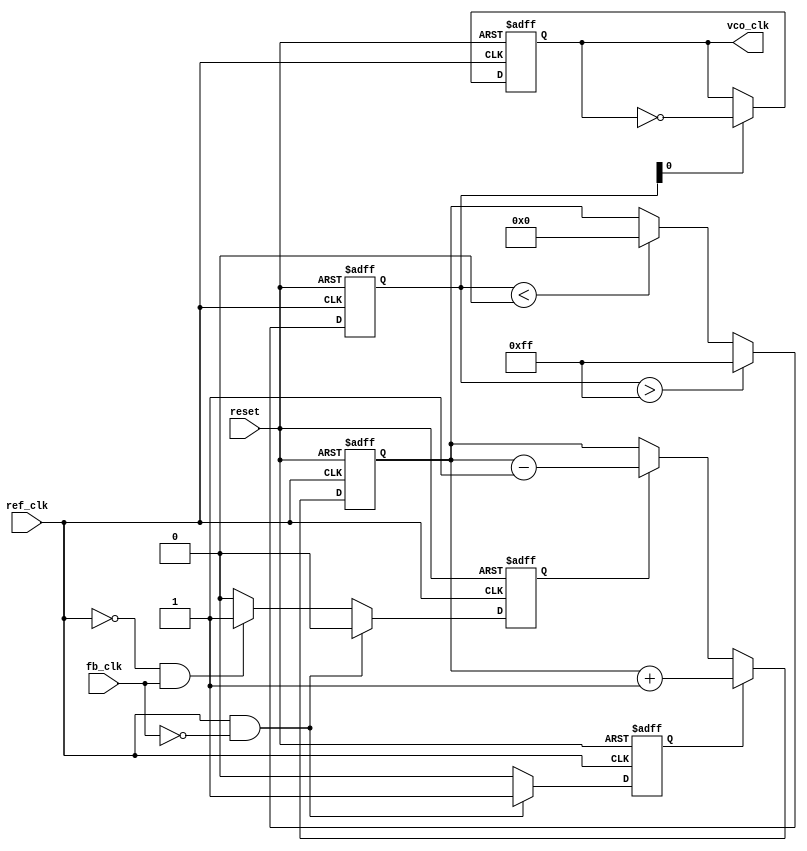
module cp_pll (
    input wire ref_clk,     // Reference clock input
    input wire fb_clk,      // Feedback clock input from VCO
    input wire reset,       // Asynchronous reset
    output reg vco_clk      // Output clock from VCO
);

// Parameters
parameter UP_CURRENT = 1'b1;  // Charge pump UP current
parameter DOWN_CURRENT = 1'b1; // Charge pump DOWN current
parameter VCO_MAX = 8'b11111111; // Max VCO output frequency value
parameter VCO_MIN = 8'b00000000; // Min VCO output frequency value

// Internal Signals
reg up, down;                 // PFD outputs
reg [7:0] control_voltage;    // Control voltage for VCO
reg [7:0] vco_frequency;      // VCO frequency control
reg [7:0] feedback;           // Feedback frequency from VCO

// Phase Frequency Detector (PFD)
always @(posedge ref_clk or posedge reset) begin
    if (reset) begin
        up <= 1'b0;
        down <= 1'b0;
    end else begin
        if (ref_clk && !fb_clk) begin
            up <= 1'b1; // Reference clock leads
            down <= 1'b0;
        end else if (!ref_clk && fb_clk) begin
            down <= 1'b1; // Feedback clock leads
            up <= 1'b0;
        end else begin
            up <= 1'b0;
            down <= 1'b0;
        end
    end
end

// Charge Pump
always @(posedge ref_clk or posedge reset) begin
    if (reset) begin
        control_voltage <= 8'b00000000; // Reset control voltage
    end else begin
        if (up) begin
            control_voltage <= control_voltage + UP_CURRENT; // Charge
        end else if (down) begin
            control_voltage <= control_voltage - DOWN_CURRENT; // Discharge
        end
    end
end

// Loop Filter (Simple First-Order)
always @(posedge ref_clk or posedge reset) begin
    if (reset) begin
        vco_frequency <= 8'b00000000; // Reset VCO frequency
    end else begin
        vco_frequency <= control_voltage; // Assign control voltage to frequency
        // Constrain VCO frequency to defined range
        if (vco_frequency > VCO_MAX)
            vco_frequency <= VCO_MAX;
        else if (vco_frequency < VCO_MIN)
            vco_frequency <= VCO_MIN;
    end
end

// Voltage-Controlled Oscillator (VCO)
always @(posedge ref_clk or posedge reset) begin
    if (reset) begin
        vco_clk <= 1'b0; // Reset output clock
    end else begin
        // Generate output clock based on VCO frequency
        if (vco_frequency[0]) begin
            vco_clk <= ~vco_clk; // Toggle clock on control frequency
        end
    end
end

endmodule